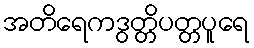
အတိရေကဒွတ္တိပတ္တပူရေ